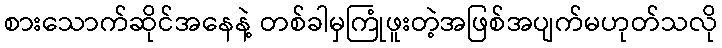
စားသောက်ဆိုင်အနေနဲ့ တစ်ခါမှကြုံဖူးတဲ့အဖြစ်အပျက်မဟုတ်သလို